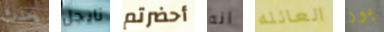
يحدث نايجل أحضرتم انه العائله بور